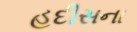
હદીસના